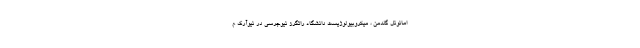
امانوئل گلدمن ، میکروبیولوژیست دانشگاه راتگرز نیوجرسی در نیوآرک م